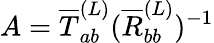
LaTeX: A=\overline{{T}}_{ab}^{(L)}(\overline{{R}}_{bb}^{(L)})^{-1}